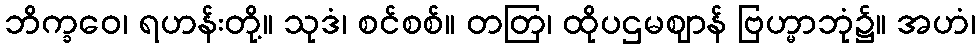
ဘိက္ခဝေ၊ ရဟန်းတို့။ သုဒံ၊ စင်စစ်။ တတြ၊ ထိုပဌမဈာန် ဗြဟ္မာဘုံ၌။ အဟံ၊